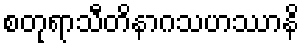
စတုရာသီတိနာဂသဟဿာနိ